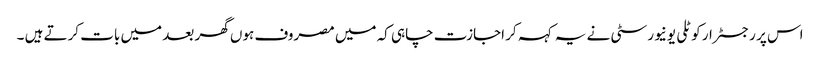
اس پر رجسٹرار کوٹلی یونیورسٹی نے یہ کہہ کر اجازت چاہی کہ میں مصروف ہوں گھر بعد میں بات کرتے ہیں ۔